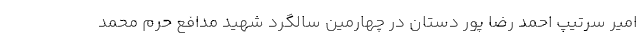
امیر سرتیپ احمد رضا پور دستان در چهارمین سالگرد شهید مدافع حرم محمد